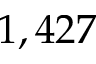
1 , 4 2 7